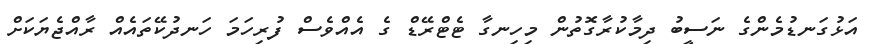
އަޅުގަނޑުމެންގެ ނަސީބު ދިމާކުރާގޮތުން މިހިނގާ ޓެޓްރޭޑް ގެ އެއްވެސް ފުރިހަމަ ހަނދުކޭތައެއް ރާއްޖެޔަކަށް